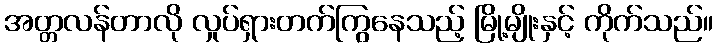
အတ္တလန်တာလို လှုပ်ရှားတက်ကြွနေသည့် မြို့မျိုးနှင့် ကိုက်သည်။